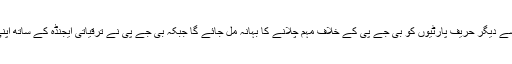
اس طرح کے بیانات سے دیگر حریف پارٹیوں کو بی جے پی کے خلاف مہم چلانے کا بہانہ مل جائے گا جبکہ بی جے پی نے ترقیاتی ایجنڈہ کے ساتھ اپنی مہم کا آغاز کیا ہے ۔